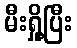
မီးရှို့ပြီး